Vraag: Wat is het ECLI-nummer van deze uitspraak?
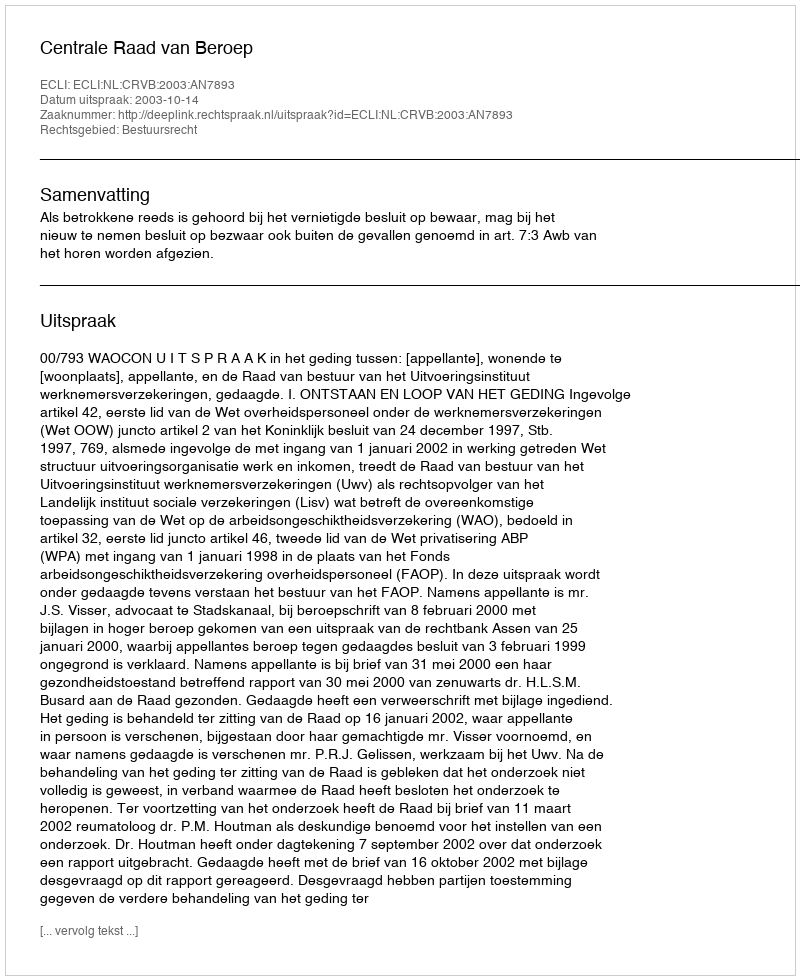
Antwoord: ECLI:NL:CRVB:2003:AN7893